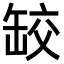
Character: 䍊